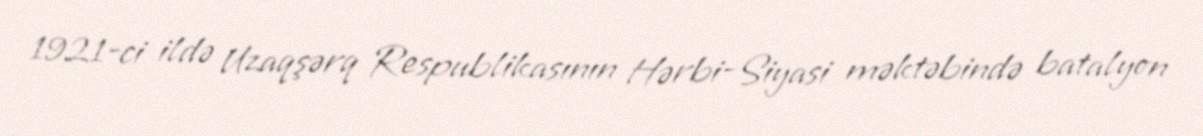
1921-ci ildə Uzaqşərq Respublikasının Hərbi-Siyasi məktəbində batalyon